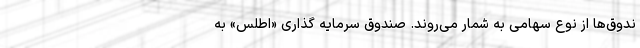
ندوق‌ها از نوع سهامی به شمار می‌روند. صندوق سرمایه گذاری «اطلس» به